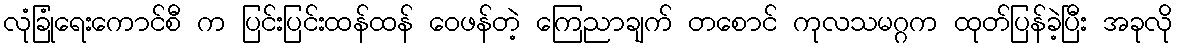
လုံခြုံရေးကောင်စီ က ပြင်းပြင်းထန်ထန် ဝေဖန်တဲ့ ကြေညာချက် တစောင် ကုလသမဂ္ဂက ထုတ်ပြန်ခဲ့ပြီး အခုလို